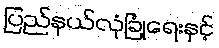
ပြည်နယ်လုံခြုံရေးနှင့်